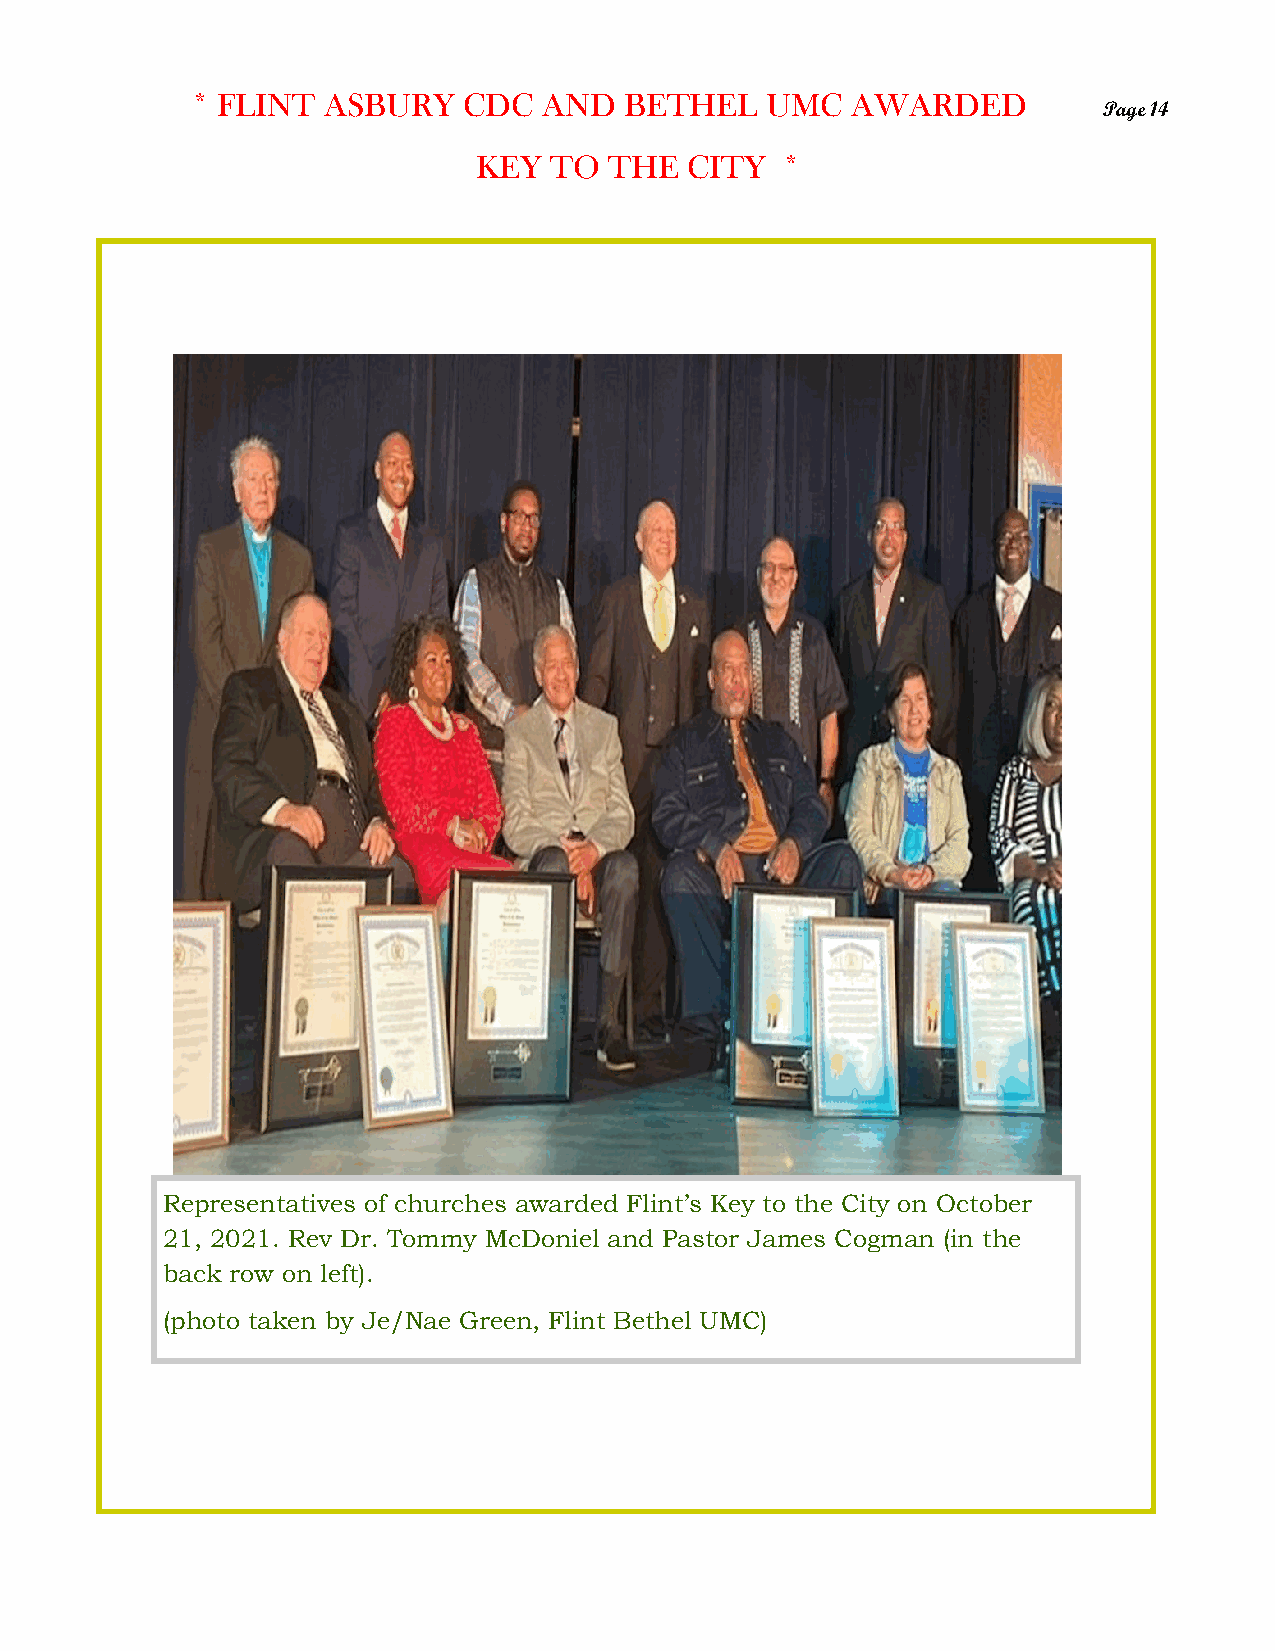
* FLINT ASBURY    CDC  AND  BETHEL    UMC  AWARDED
 Page 14
 KEY  TO  THE   CITY  *
 Representatives of churches awarded Flint’s Key to the City on October
 21, 2021. Rev Dr. Tommy McDoniel and Pastor James Cogman (in the
 back row on left).
 (photo taken by Je/Nae Green, Flint Bethel UMC)